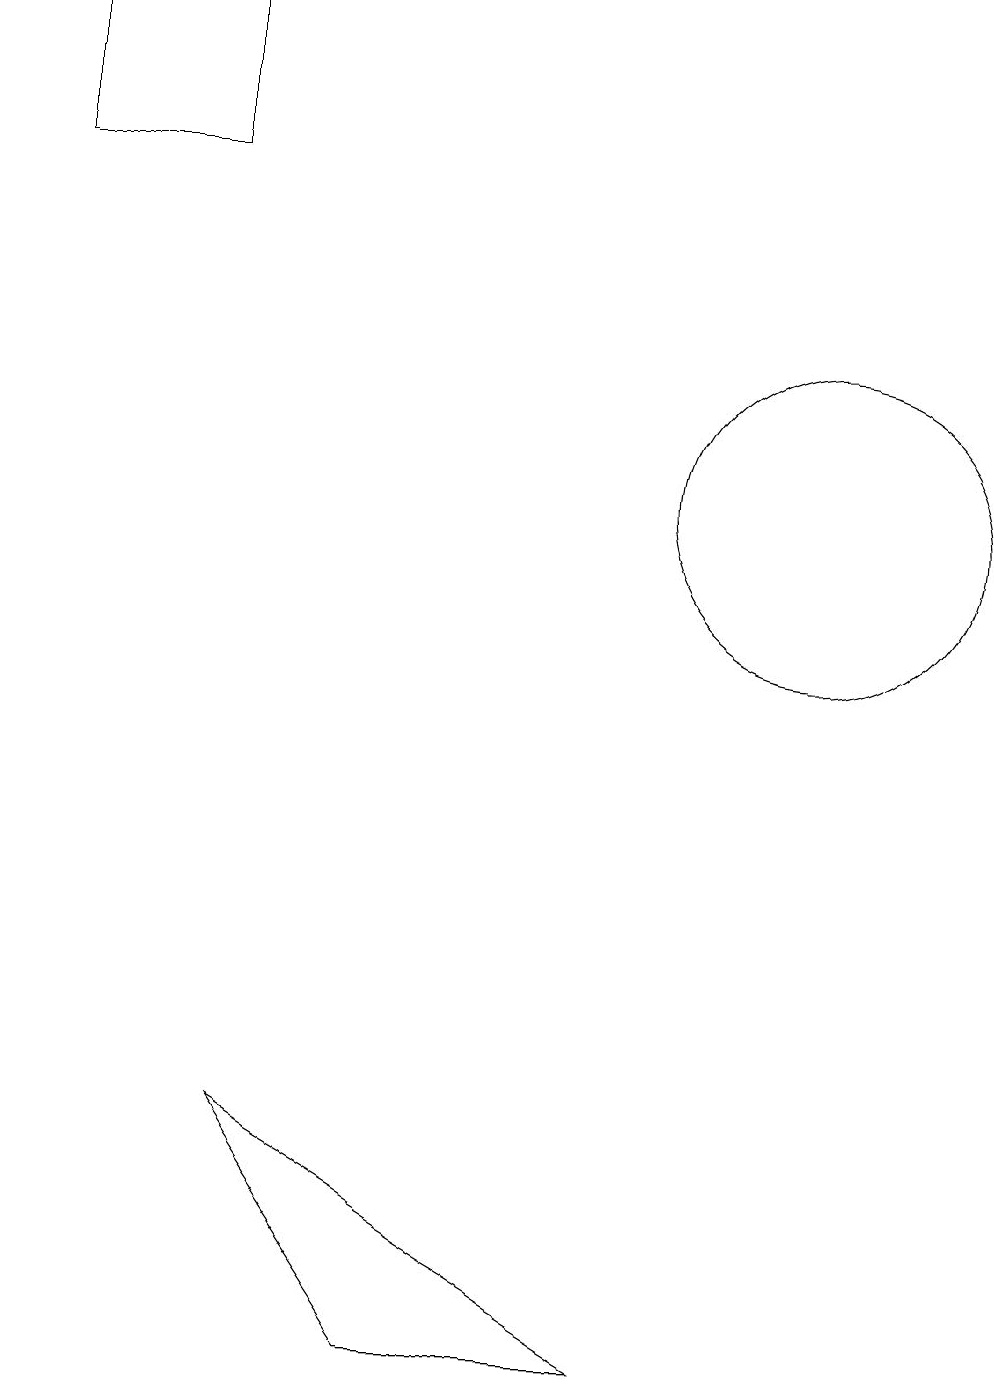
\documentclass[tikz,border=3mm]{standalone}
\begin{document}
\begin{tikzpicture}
\draw (1,16) rectangle (3,18);
\draw (11,12) circle (2);
\draw (6,1) -- (9,1) -- (4,4) -- cycle;
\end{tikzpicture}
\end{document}